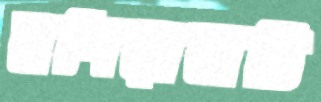
মশিয়াহাটি